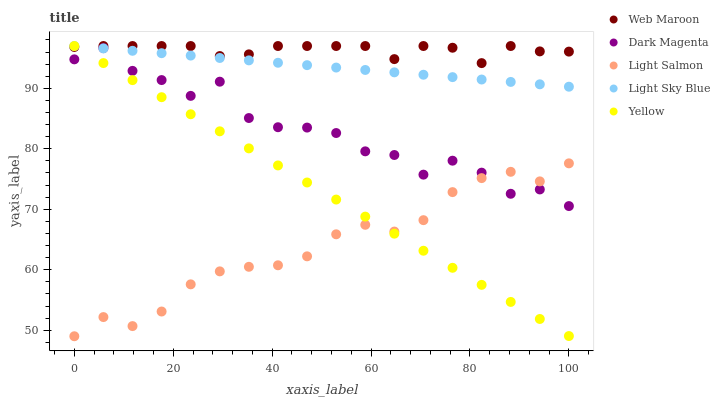
| xaxis_label | Web Maroon | Dark Magenta | Light Salmon | Light Sky Blue | Yellow |
 | --- | --- | --- | --- | --- | --- |
 | 0 | 96.8 | 94.8 | 49 | 97 | 97 |
 | 5.88 | 97 | 96.7 | 52.2 | 96.6 | 94.2 |
 | 11.8 | 97 | 92.9 | 50.7 | 96.2 | 91.4 |
 | 17.6 | 97 | 91.4 | 53.1 | 95.8 | 88.5 |
 | 23.5 | 97 | 88.8 | 57.6 | 95.4 | 85.7 |
 | 29.4 | 95.3 | 91.1 | 59.7 | 95 | 82.9 |
 | 35.3 | 95.6 | 85.1 | 60.5 | 94.6 | 80.1 |
 | 41.2 | 97 | 83.6 | 60.7 | 94.2 | 77.2 |
 | 47.1 | 97 | 83.5 | 62.2 | 93.8 | 74.4 |
 | 52.9 | 97 | 82.6 | 65.9 | 93.4 | 71.6 |
 | 58.8 | 97 | 79.6 | 67.4 | 93 | 68.8 |
 | 64.7 | 94.8 | 79 | 66.3 | 92.6 | 66 |
 | 70.6 | 97 | 75.7 | 68.2 | 92.2 | 63.1 |
 | 76.5 | 96.7 | 78 | 72.8 | 91.9 | 60.3 |
 | 82.4 | 94.2 | 76.1 | 75.2 | 91.5 | 57.5 |
 | 88.2 | 97 | 72.6 | 76.2 | 91.1 | 54.7 |
 | 94.1 | 96.1 | 73.3 | 74.6 | 90.7 | 51.9 |
 | 100 | 96.1 | 70.5 | 77.6 | 90.3 | 49 |